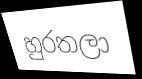
හුරතලා